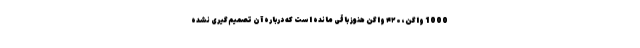
1000 واگن، ۴۲۰ واگن هنوز باقی مانده است که درباره آن تصمیم‌گیری نشده